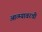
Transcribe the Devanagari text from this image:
आत्म्यावरची